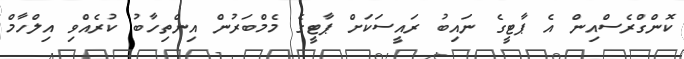
ކޮންގްރެސްއިން އެ ޕާޓީގެ ނައިބު ރައީސަކަށް ޕާޓީގެ މެމްބަރުން އިންތިހާބު ކުރެއްވި އިލްހާމް